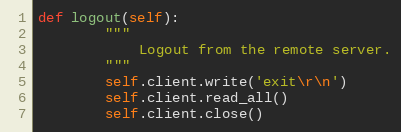
Language: Python
def logout(self):
        """
            Logout from the remote server.
        """
        self.client.write('exit\r\n')
        self.client.read_all()
        self.client.close()